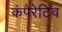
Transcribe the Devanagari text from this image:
कंपैरेटिव